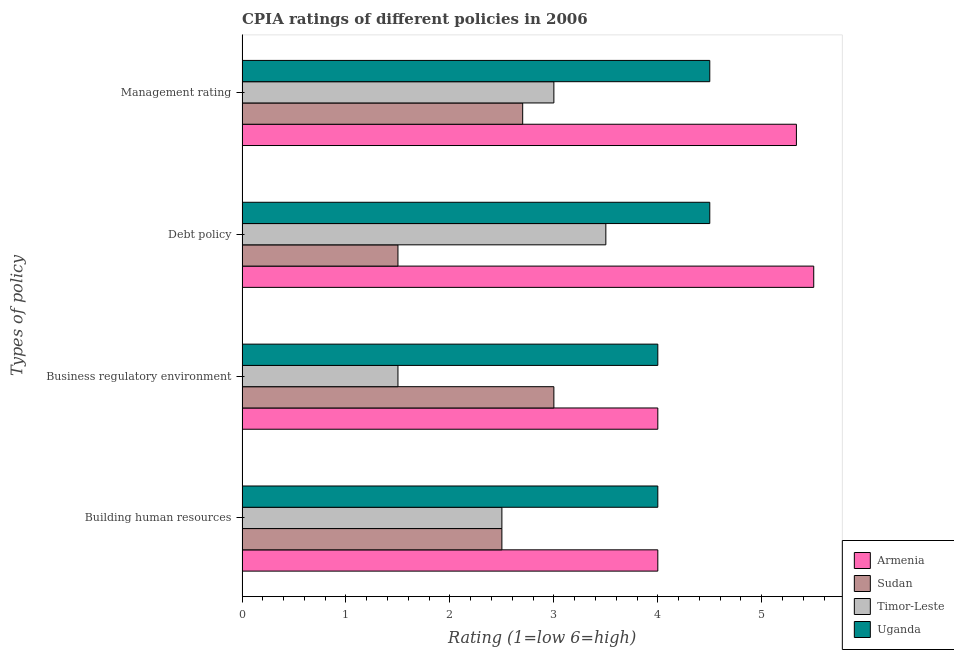
| Types of policy | Armenia | Sudan | Timor-Leste | Uganda |
 | --- | --- | --- | --- | --- |
 | Building human resources | 4 | 2.5 | 2.5 | 4 |
 | Business regulatory environment | 4 | 3 | 1.5 | 4 |
 | Debt policy | 5.5 | 1.5 | 3.5 | 4.5 |
 | Management rating | 5.33 | 2.7 | 3 | 4.5 |